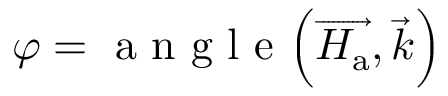
\varphi = \mathrm { ~ a ~ n ~ g ~ l ~ e ~ } \Big ( \overrightarrow { H _ { \mathrm { a } } } , \overrightarrow { k } \Big )